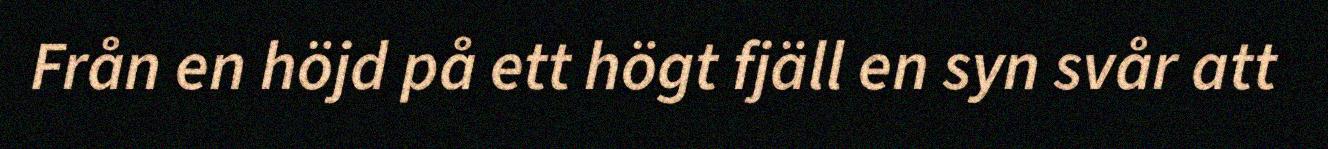
Från en höjd på ett högt fjäll en syn svår att